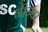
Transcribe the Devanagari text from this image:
नीन्दा